Report of the Indian Hemp Drugs Commission, 1894-1895 - Volume IV
Year: 1894
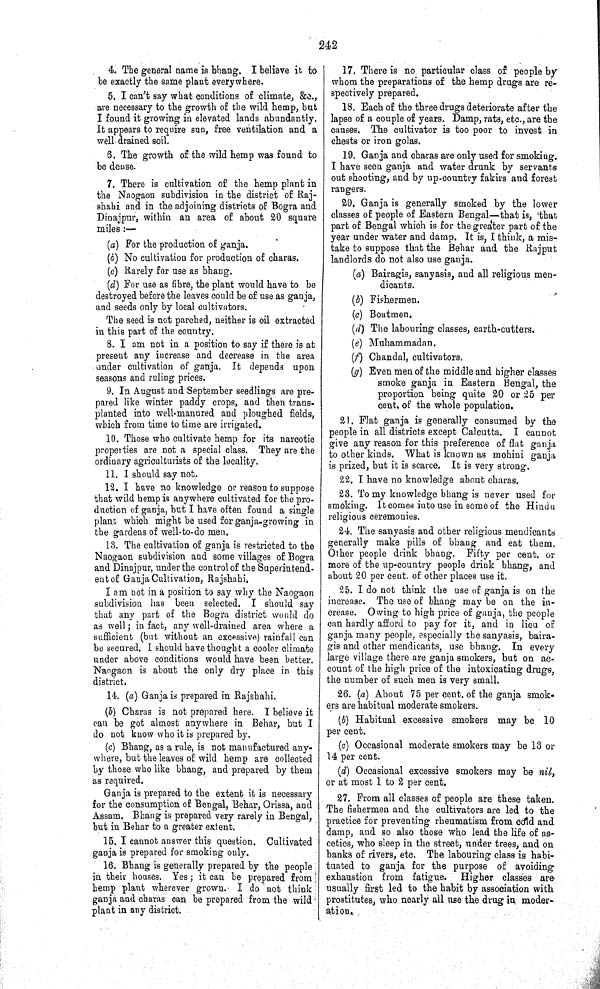
242
4. The general name is bhang. I believe it to
be exactly the same plant everywhere.
5. I can't say what conditions of climate, &c.,
are necessary to the growth of the wild hemp, but
I found it growing in elevated lands abundantly.
It appears to require sun, free ventilation and a
well drained soil.
6. The growth of the wild hemp was found to
be dense.
7. There is cultivation of the hemp plant in
the Naogaon subdivision in the district of Raj-
shahi and in the adjoining districts of Bogra and
Dinajpur, within an area of about 20 square
miles:—
(a) For the production of ganja.
(b) No cultivation for production of charas.
(c) Rarely for use as bhang.
(d) For use as fibre, the plant would have to be
destroyed before the leaves could be of use as ganja,
and seeds only by local cultivators.
The seed is not parched, neither is oil extracted
in this part of the country.
8. I am not in a position to say if there is at
present any increase and decrease in the area
under cultivation of ganja. It depends upon
seasons and ruling prices.
9. In August and September seedlings are pre-
pared like winter paddy crops, and then trans-
planted into well-manured and ploughed fields,
which from time to time are irrigated.
10. Those who cultivate hemp for its narcotic
properties are not a special class. They are the
ordinary agriculturists of the locality.
11. I should say not.
12. I have no knowledge or reason to suppose
that wild hemp is anywhere cultivated for the pro-
duction of ganja, but I have often found a single
plant which might be used for ganja-growing in
the gardens of well-to-do men.
13. The cultivation of ganja is restricted to the
Naogaon subdivision and some villages of Bogra
and Dinajpur, under the control of the Superintend-
ent of Ganja Cultivation, Rajshahi.
I am not in a position to say why the Naogaon
subdivision has been selected. I should say
that any part of the Bogra district would do
as well; in fact, any well-drained area where a
sufficient (but without an excessive) rainfall can
be secured. I should have thought a cooler climate
under above conditions would have been better.
Naogaon is about the only dry place in this
district.
14. (a) Ganja is prepared in Rajshahi.
(b) Charas is not prepared here. I believe it
can be got almost anywhere in Behar, but I
do not know who it is prepared by.
(c) Bhang, as a rule, is not manufactured any-
where, but the leaves of wild hemp are collected
by those who like bhang, and prepared by them
as required.
Ganja is prepared to the extent it is necessary
for the consumption of Bengal, Behar, Orissa, and
Assam. Bhang is prepared very rarely in Bengal,
but in Behar to a greater extent.
15. I cannot answer this question. Cultivated
ganja is prepared for smoking only.
16. Bhang is generally prepared by the people
in their houses. Yes; it can be prepared from
hemp plant wherever grown. I do not think
ganja and charas can be prepared from the wild
plant in any district.
17. There is no particular class of people by
whom the preparations of the hemp drugs are re-
spectively prepared.
18. Each of the three drugs deteriorate after the
lapse of a couple of years. Damp, rats, etc., are the
causes. The cultivator is too poor to invest in
chests or iron golas.
19. Ganja and charas are only used for smoking.
I have seen ganja and water drunk by servants
out shooting, and by up-country fakirs and forest
rangers.
20. Ganja is generally smoked by the lower
classes of people of Eastern Bengal—that is, that
part of Bengal which is for the greater part of the
year under water and damp. It is, I think, a mis-
take to suppose that the Behar and the Rajput
landlords do not also use ganja.
(a) Bairagis, sanyasis, and all religious men-
dicants.
(b) Fishermen.
(c) Boatmen.
(d) The labouring classes, earth-cutters.
(e) Muhammadan.
(f) Chandal, cultivators.
(g) Even men of the middle and higher classes
smoke ganja in Eastern Bengal, the
proportion being quite 20 or 25 per
cent. of the whole population.
21. Flat ganja is generally consumed by the
people in all districts except Calcutta. I cannot
give any reason for this preference of flat ganja
to other kinds. What is known as mohini ganja
is prized, but it is scarce. It is very strong.
22. I have no knowledge about charas.
23. To my knowledge bhang is never used for
smoking. It comes into use in some of the Hindu
religious ceremonies.
24. The sanyasis and other religious mendicants
generally make pills of bhang and eat them.
Other people drink bhang. Fifty per cent. or
more of the up-country people drink bhang, and
about 20 per cent. of other places use it.
25. I do not think the use of ganja is on the
increase. The use of bhang may be on the in-
crease. Owing to high price of ganja, the people
can hardly afford to pay for it, and in lieu of
ganja many people, especially the sanyasis, baira-
gis and other mendicants, use bhang. In every
large village there are ganja smokers, but on ac-
count of the high price of the intoxicating drugs,
the number of such men is very small.
26. (a) About 75 per cent. of the ganja smok-
ers are habitual moderate smokers.
(b) Habitual excessive smokers may be 10
per cent.
(c) Occasional moderate smokers may be 13 or
14 per cent.
(d) Occasional excessive smokers may be nil,.
or at most 1 to 2 per cent.
27. From all classes of people are these taken.
The fishermen and the cultivators are led to the
practice for preventing rheumatism from cold and
damp, and so also those who lead the life of as-
cetics, who sleep in the street, under trees, and on
banks of rivers, etc. The labouring class is habi-
tuated to ganja for the purpose of avoiding
exhaustion from fatigue. Higher classes are
usually first led to the habit by association with
prostitutes, who nearly all use the drug in moder-
ation.